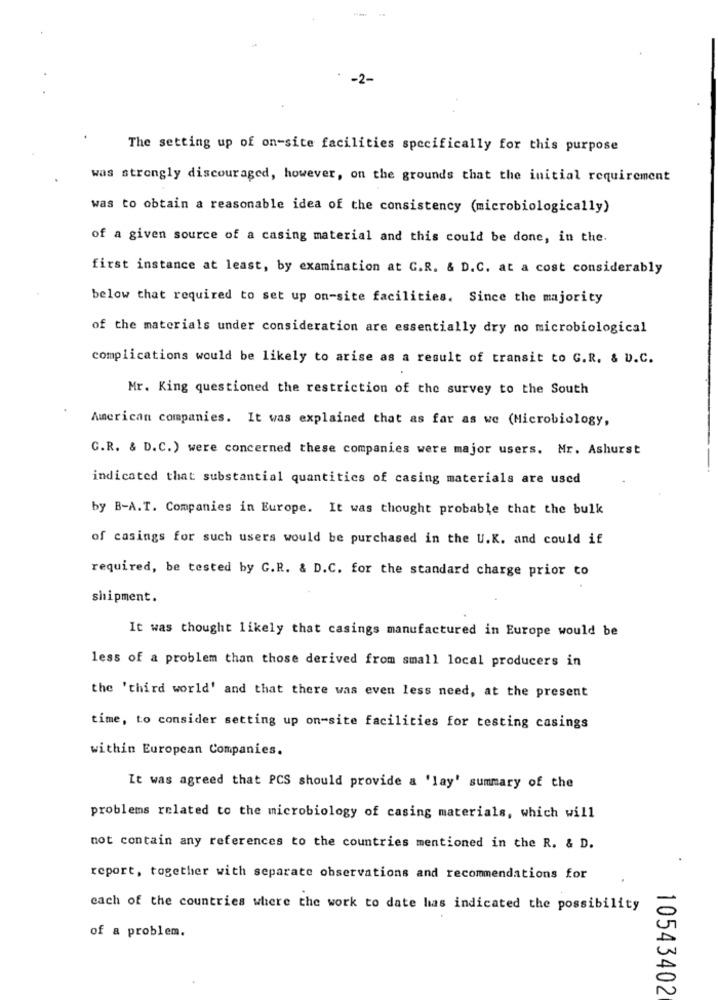
The setting up of on-site facilities specifically for this purpose
was strongly discouraged, however, on the grounds that the initial requirement
was to obtain a reasonable idea of the consistency (microbiologically)
of a given source of a casing material and this could be done, in the.
first instance at least, by examination at G.R. & D.C. at a cost considerably
below that required to set up on-site facilities. Since the majority
of the materials under consideration are essentially dry no microbiological
complications would be likely to arise as a result of transit to G.R. & D.C.
Mr. King questioned the restriction of the survey to the South
American companies. It was explained that as far as we (Microbiology,
G.R. & D.C.) were concerned these companies were major users. Mr. Ashurst
indicated that substantial quantities of casing materials are used
by B-A.T. Companies in Europe. It was thought probable that the bulk
of casings for such users would be purchased in the U.K. and could if
required, be tested by G.R. & D.C. for the standard charge prior to
shipment.
It was thought likely that casings manufactured in Europe would be
less of a problem than those derived from small local producers in
the 'third world' and that there was even less need, at the present
time, to consider setting up on-site facilities for testing casings
within European Companies.
It was agreed that PCS should provide a 'lay' summary of the
problems related to the microbiology of casing materials, which will
not contain any references to the countries mentioned in the R. & D.
report, together with separate observations and recommendations for
each of the countries where the work to date has indicated the possibility
of a problem.
10543402